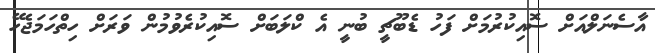
އާސެނަލްއަށް ސޮއިކުރުމަށް ފަހު ޑެބޫޗީ ބުނީ އެ ކްލަބަށް ސޮއިކުރެވުމުން ވަރަށް ހިތްހަމަޖެހޭ